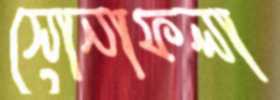
সোনাফলা